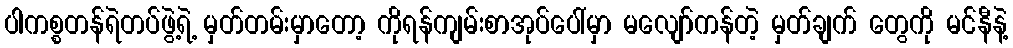
ပါကစ္စတန်ရဲတပ်ဖွဲ့ရဲ့ မှတ်တမ်းမှာတော့ ကိုရန်ကျမ်းစာအုပ်ပေါ်မှာ မလျော်ကန်တဲ့ မှတ်ချက် တွေကို မင်နီနဲ့